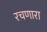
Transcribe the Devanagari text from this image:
रचणारा